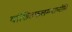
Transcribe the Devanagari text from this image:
वांछितफलमवाप्नोति